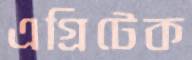
এগ্রিটেক